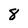
Character: 8